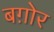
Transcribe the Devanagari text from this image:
बग़ोर